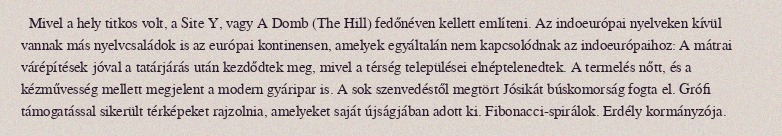
Mivel a hely titkos volt, a Site Y, vagy A Domb (The Hill) fedőnéven kellett említeni. Az indoeurópai nyelveken kívül vannak más nyelvcsaládok is az európai kontinensen, amelyek egyáltalán nem kapcsolódnak az indoeurópaihoz: A mátrai várépítések jóval a tatárjárás után kezdődtek meg, mivel a térség települései elnéptelenedtek. A termelés nőtt, és a kézművesség mellett megjelent a modern gyáripar is. A sok szenvedéstől megtört Jósikát búskomorság fogta el. Grófi támogatással sikerült térképeket rajzolnia, amelyeket saját újságjában adott ki. Fibonacci-spirálok. Erdély kormányzója.